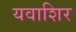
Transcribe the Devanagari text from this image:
यवाशिर